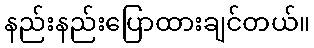
နည်းနည်းပြောထားချင်တယ်။